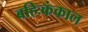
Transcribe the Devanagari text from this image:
बहिःकंकाल